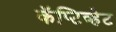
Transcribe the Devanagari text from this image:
कॅप्टिव्हेट